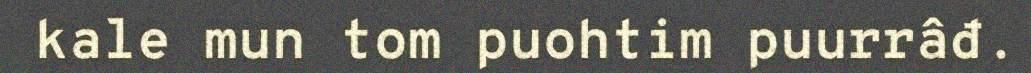
kale mun tom puohtim puurrâđ.